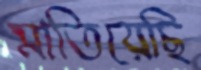
মাতিয়েছি